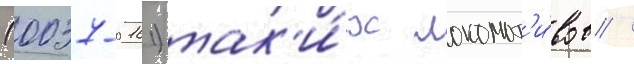
(0037-0161) так'и́х локомот'и́вов /